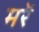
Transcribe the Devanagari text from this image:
मरें